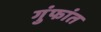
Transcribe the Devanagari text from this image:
गुंफांत